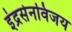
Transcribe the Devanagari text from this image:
इंद्रसेनविजय